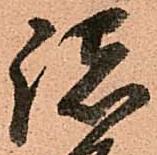
諸